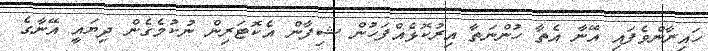
ހައިރާންވެފައި އޭނާ އެތާ ހުންނަތާ އިރުކޮޅެއްފަހުން ޝިފާން އެކޮޓަރިން ނުކުމެގެން ދިޔައީ އޭނާގެ